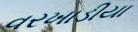
વરખાડીયા